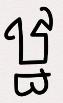
ឋ្ឋ